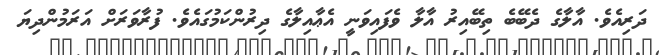
ދަރިއެވެ. އާލާގެ ދެބޭބެ ތިބޭއިރު އާލާ ވެފައިވަނީ އެޢާއިލާގެ ދިރުންކަމުގައެވެ. ފުރާވަރަށް އަރަމުންދިޔަ